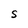
Character: S